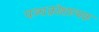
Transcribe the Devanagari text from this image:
पञ्चक्रोशात्मक